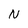
Character: N